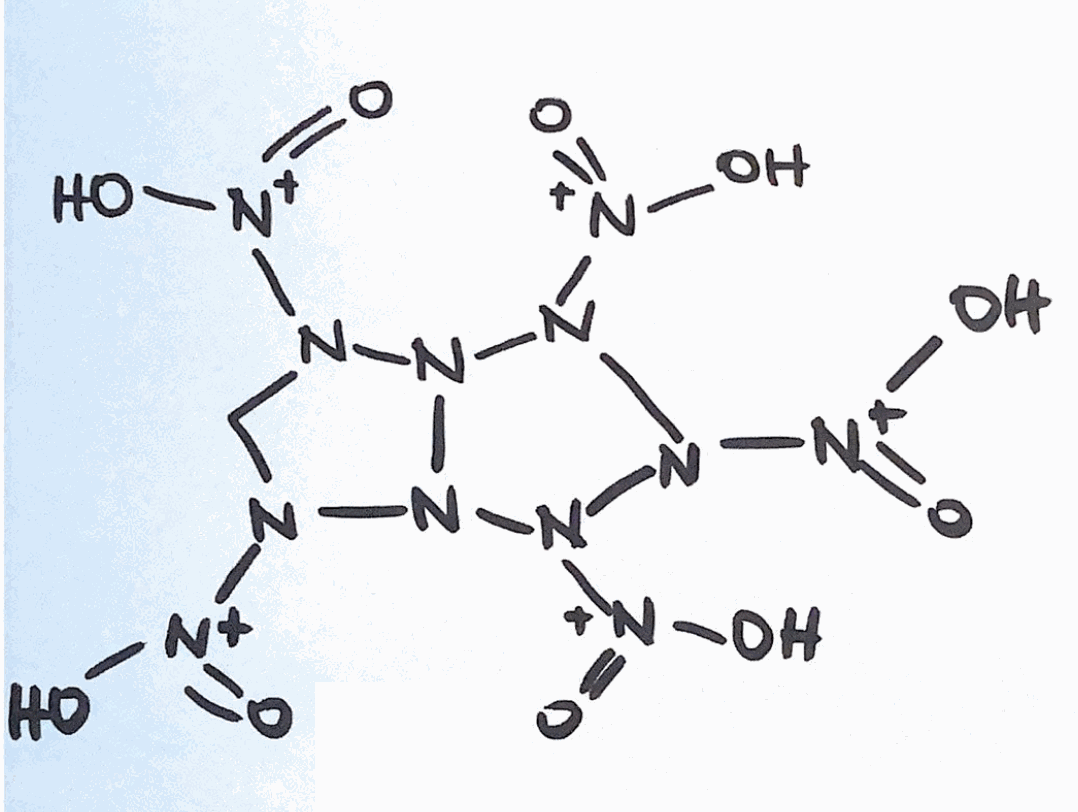
Simplified molecular-input line-entry system (SMILES) notation of the given molecule:
C1N(N2N(N1[N+](=O)O)N(N(N2[N+](=O)O)[N+](=O)O)[N+](=O)O)[N+](=O)O